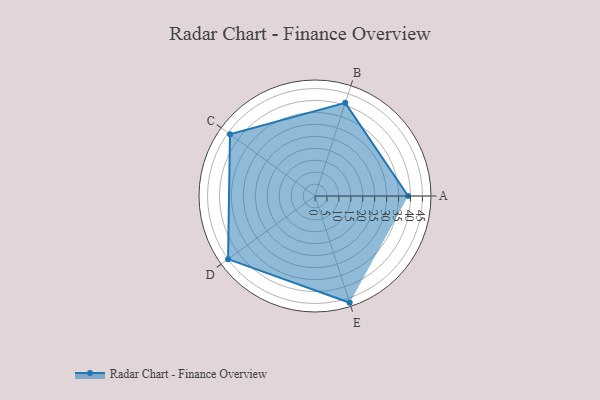
{"axis": {"x": "Skill", "y": "Score"}, "legend": ["Profile"], "data": [{"x": "A", "y": 39.0, "type": "Profile"}, {"x": "B", "y": 41.0, "type": "Profile"}, {"x": "C", "y": 44.0, "type": "Profile"}, {"x": "D", "y": 45.0, "type": "Profile"}, {"x": "E", "y": 47.0, "type": "Profile"}]}